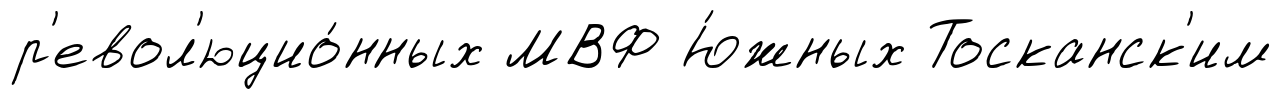
р'евол'юцио́нных МВФ Ю́жных Тосканск'им